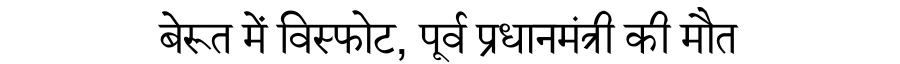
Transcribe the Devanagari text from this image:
बेरूत में विस्फोट, पूर्व प्रधानमंत्री की मौत